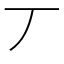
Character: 丆